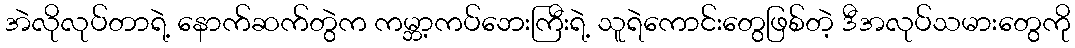
အဲလိုလုပ်တာရဲ့ နောက်ဆက်တွဲက ကမ္ဘာ့ကပ်ဘေးကြီးရဲ့ သူရဲကောင်းတွေဖြစ်တဲ့ ဒီအလုပ်သမားတွေကို